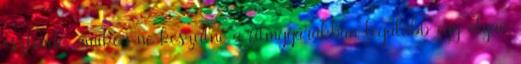
esztendő, amikor ne készülne a filmgyárakban legalább egy olyan